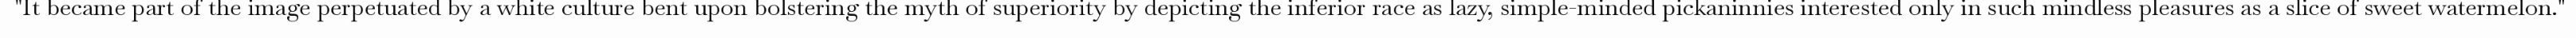
"It became part of the image perpetuated by a white culture bent upon bolstering the myth of superiority by depicting the inferior race as lazy, simple-minded pickaninnies interested only in such mindless pleasures as a slice of sweet watermelon."